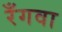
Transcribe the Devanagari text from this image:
रँगवा